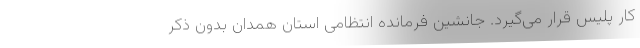
کار پلیس قرار می‌گیرد. جانشین فرمانده انتظامی استان همدان بدون ذکر